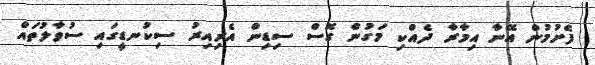
ފެށުމުން އޭނާ އިމާރާ ދެއްކި މަގުން ގޮސް ސިޑިން އެރިއިރު ސިކުނޑީގައި ސުވާލުތައް